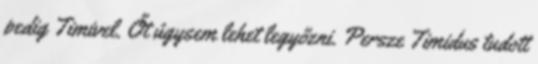
pedig Timivel. Őt úgysem lehet legyőzni. Persze Timidus tudott